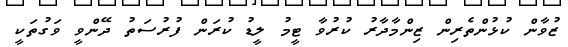
ޒުވާން ކުޅުންތެރިން ޒިންމާދާރު ކުރުވާ ޓީމު ލީޑު ކުރަން ފުރުސަތު ދޭންވީ ވަގުތަކީ